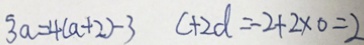
3 a = 4 ( a + 2 ) - 3 c + 2 d = - 2 + 2 \times 0 = 2